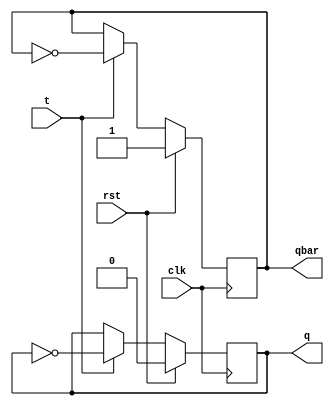
`timescale 1ns / 1ps
//////////////////////////////////////////////////////////////////////////////////
// Company: 
// Engineer: 
// 
// Design Name: 
// Module Name:    tff 
// Project Name: 
// Target Devices: 
// Tool versions: 
// Description: 
//
// Dependencies: 
//
// Revision: 
// Revision 0.01 - File Created
// Additional Comments: 
//
//////////////////////////////////////////////////////////////////////////////////
module t_ff(
    input t,clk,rst,
    output reg q,qbar
    );

always@(negedge clk)
begin

if(rst==1) begin
q=1'b0; qbar=1'b1; end
else
if(t==0) begin
q=q; qbar=qbar; end
else if(t==1) begin
q=~q; qbar=~qbar; end	
end

endmodule